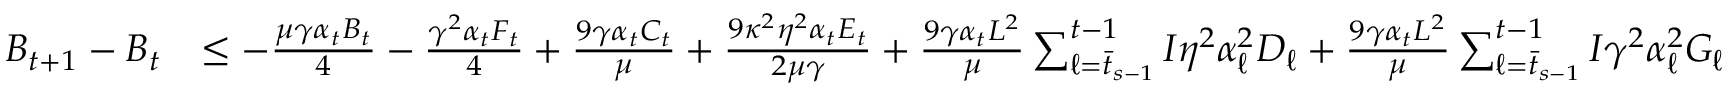
\begin{array} { r l } { B _ { t + 1 } - B _ { t } } & { \leq - \frac { \mu \gamma \alpha _ { t } B _ { t } } { 4 } - \frac { \gamma ^ { 2 } \alpha _ { t } F _ { t } } { 4 } + \frac { 9 \gamma \alpha _ { t } C _ { t } } { \mu } + \frac { 9 \kappa ^ { 2 } \eta ^ { 2 } \alpha _ { t } E _ { t } } { 2 \mu \gamma } + \frac { 9 \gamma \alpha _ { t } L ^ { 2 } } { \mu } \sum _ { \ell = \bar { t } _ { s - 1 } } ^ { t - 1 } I \eta ^ { 2 } \alpha _ { \ell } ^ { 2 } D _ { \ell } + \frac { 9 \gamma \alpha _ { t } L ^ { 2 } } { \mu } \sum _ { \ell = \bar { t } _ { s - 1 } } ^ { t - 1 } I \gamma ^ { 2 } \alpha _ { \ell } ^ { 2 } G _ { \ell } } \end{array}